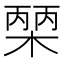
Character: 𭫒